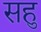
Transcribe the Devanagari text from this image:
सहु